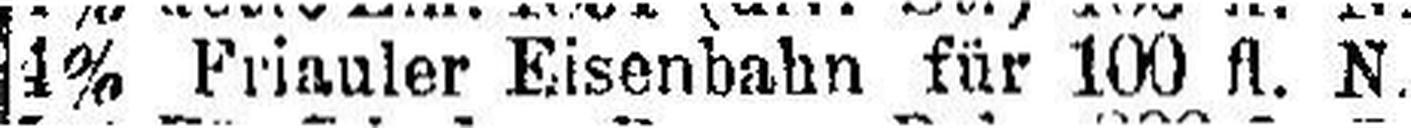
4% Friauler Eisenbahn für 100 fl. N.